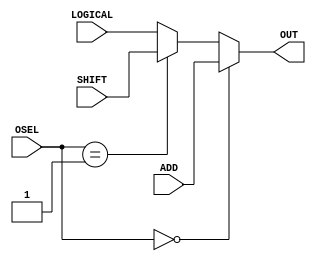
module muxO(OSEL, ADD, SHIFT, LOGICAL, OUT);
  
  // inputs
  input[1:0]  OSEL;
  input[7:0] ADD;
  input[7:0] SHIFT;
  input[7:0] LOGICAL;
  
  // outputs
  output [7:0]OUT;

  // MUX LOGIC:
  //   if   OSEL == 00 => ADD
  //   else if OSEL == 01   => SHIFT
  //   else => LOGICAL
  
  assign OUT = (OSEL == 2'b00) ? ADD : (OSEL == 2'b01) ? SHIFT : (OSEL == 2'b10) ? LOGICAL : LOGICAL ;

endmodule